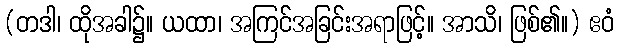
(တဒါ၊ ထိုအခါ၌။ ယထာ၊ အကြင်အခြင်းအရာဖြင့်။ အာသိ၊ ဖြစ်၏။) ဧဝံ